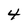
Character: 4